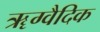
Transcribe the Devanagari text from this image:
ॠग्वैदिक